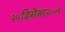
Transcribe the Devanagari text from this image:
२५डिसेंबर२००९